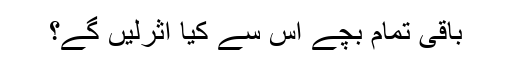
باقی تمام بچے اس سے کیا اثرلیں گے؟